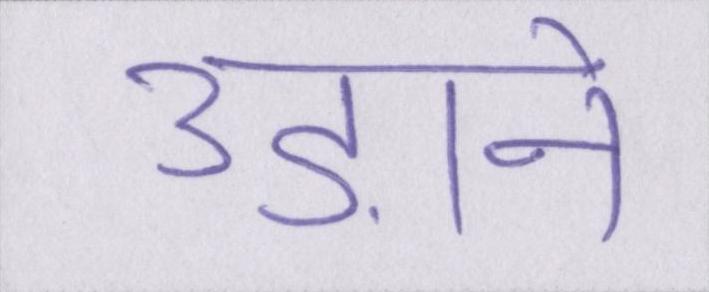
उड़ाने